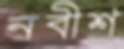
নবীশ